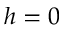
h = 0